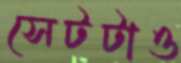
সেটটাও